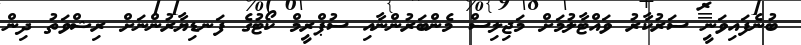
ބުނެފައިވަނީ ސަރުކާރު ވައްޓާލުމަށް މަޖިލިސް މެންބަރުންނާއި ސުޕްރީމް ކޯޓުގެ ފަނޑިޔާރުންނަށް ރިޝްވަތު ދިން